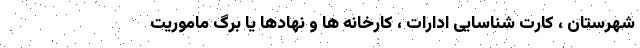
شهرستان ، کارت شناسایی ادارات ، کارخانه ها و نهادها یا برگ ماموریت